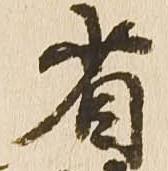
省